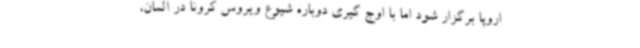
اروپا برگزار شود اما با اوج گیری دوباره شیوع ویروس کرونا در آلمان،